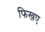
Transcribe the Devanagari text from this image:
फिखए